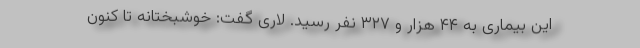
این بیماری به ۴۴ هزار و ۳۲۷ نفر رسید. لاری گفت: خوشبختانه تا کنون